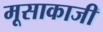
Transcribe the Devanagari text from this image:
मूसाकाजी